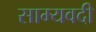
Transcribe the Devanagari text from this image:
साम्यवदी